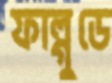
ফাল্গুডে